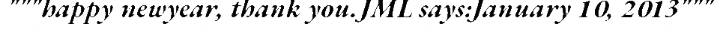
"""happy newyear, thank you.JML says:January 10, 2013"""